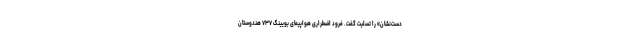
دست‌نشان» را تسلیت گفت. فرود اضطراری هواپیمای بویینگ ۷۳۷ هندوستان